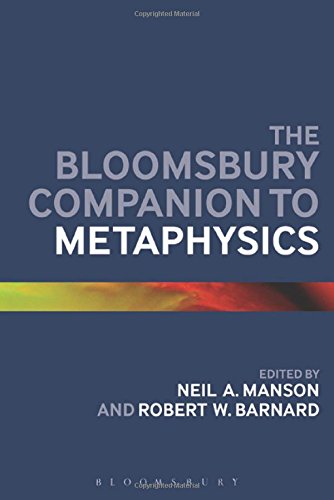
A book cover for The Bloomsbury Companion to Metaphysics (Bloomsbury Companions); Politics & Social Sciences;